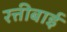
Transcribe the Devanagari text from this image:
रत्तीबाई